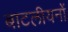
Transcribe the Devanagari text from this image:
बाटलीयनों